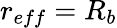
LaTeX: r_{eff}=R_{b}